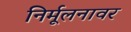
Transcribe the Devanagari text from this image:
निर्मूलनावर